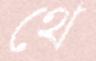
থে